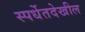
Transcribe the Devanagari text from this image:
स्पर्धेतदेखील